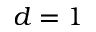
d = 1